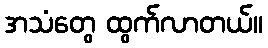
အသံတွေ ထွက်လာတယ်။